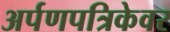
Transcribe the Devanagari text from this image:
अर्पणपत्रिकेवर